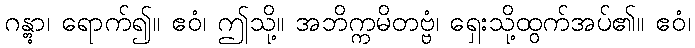
ဂန္တွာ၊ ရောက်၍။ ဧဝံ၊ ဤသို့။ အဘိက္ကမိတဗ္ဗံ၊ ရှေးသို့ထွက်အပ်၏။ ဧဝံ၊